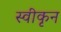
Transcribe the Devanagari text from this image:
स्वीकृन